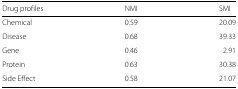
<table><thead><tr><td><b>Drug profiles</b></td><td><b>NMI</b></td><td><b>SMI</b></td></tr></thead><tbody><tr><td>Chemical</td><td>0.59</td><td>20.09</td></tr><tr><td>Disease</td><td>0.68</td><td>39.33</td></tr><tr><td>Gene</td><td>0.46</td><td>2.91</td></tr><tr><td>Protein</td><td>0.63</td><td>30.38</td></tr><tr><td>Side Effect</td><td>0.58</td><td>21.07</td></tr></tbody></table>